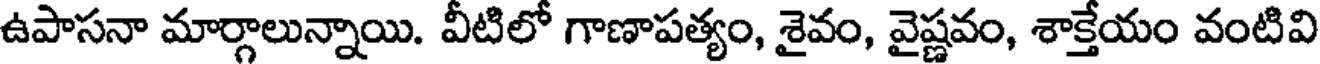
ఉపాసనా మార్గాలున్నాయి. వీటిలో గాణాపత్యం, శైవం, వైష్ణవం, శాక్తేయం వంటివి